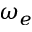
\omega _ { e }